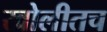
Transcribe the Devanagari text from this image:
खोलीतच